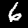
Digit: 6